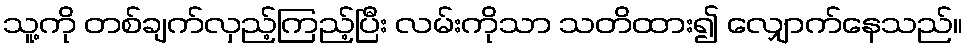
သူ့ကို တစ်ချက်လှည့်ကြည့်ပြီး လမ်းကိုသာ သတိထား၍ လျှောက်နေသည်။